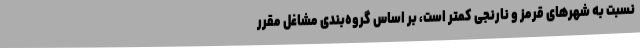
نسبت به شهرهای قرمز و نارنجی کمتر است، بر اساس گروه‌بندی مشاغل مقرر